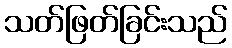
သတ်ဖြတ်ခြင်းသည်